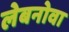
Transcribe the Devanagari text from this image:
लेबनोवा